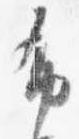
布